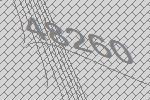
48260